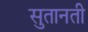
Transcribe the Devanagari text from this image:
सुतानती